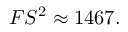
F S ^ { 2 } \approx 1 4 6 7 .